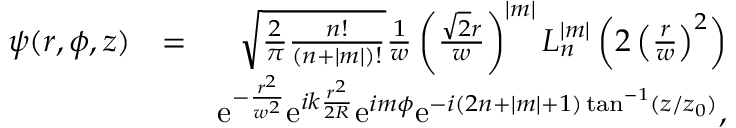
\begin{array} { r l r } { \psi ( r , \phi , z ) } & { = } & { \sqrt { \frac { 2 } { \pi } \frac { n ! } { ( n + | m | ) ! } } \frac { 1 } { w } \left( \frac { \sqrt { 2 } r } { w } \right) ^ { | m | } L _ { n } ^ { | m | } \left( 2 \left( \frac { r } { w } \right) ^ { 2 } \right) } \\ & { } & { \mathrm { e } ^ { - \frac { r ^ { 2 } } { w ^ { 2 } } } \mathrm { e } ^ { i k \frac { r ^ { 2 } } { 2 R } } \mathrm { e } ^ { i m \phi } \mathrm { e } ^ { - i ( 2 n + | m | + 1 ) \tan ^ { - 1 } ( z / z _ { 0 } ) } , } \end{array}